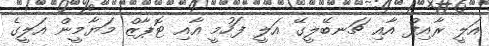
އަލީ ރާއިފް އާއި ޗަނބޭލީގޭ އަލީ ފަހުމީ އާއި ޓޮޕާޒް މަޔާމީން އަލީގެ